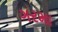
ગરમા